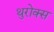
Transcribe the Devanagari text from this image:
थुरोक्स